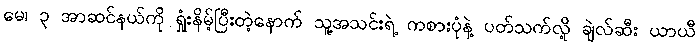
မေ၊ ၃ အာဆင်နယ်ကို ရှုံးနိမ့်ပြီးတဲ့နောက် သူ့အသင်းရဲ့ ကစားပုံနဲ့ ပတ်သက်လို့ ချဲလ်ဆီး ယာယီ